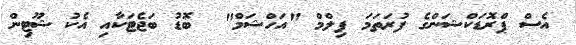
އެސް ޕްރޮޑަކްޝަންގެ ފުރަތަމަ ފިލްމް "އަހްޝަމް"  ބޮޑު ބަޖެޓަކާއި އެކު ޝޫޓިން